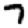
Digit: 7